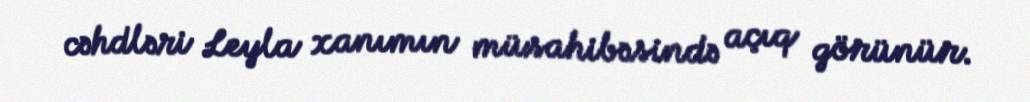
cəhdləri Leyla xanımın müsahibəsində açıq görünür.